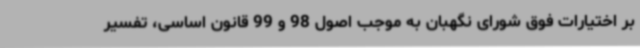
بر اختیارات فوق شورای نگهبان به موجب اصول 98 و 99 قانون اساسی، تفسیر